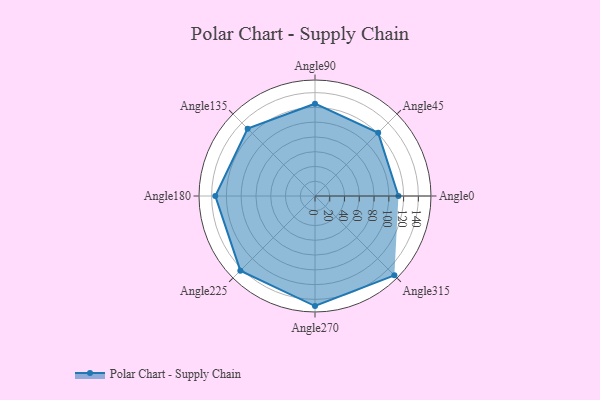
{"axis": {"x": "Angle", "y": "Radius"}, "legend": [""], "data": [{"x": "Angle0", "y": 113.0, "type": ""}, {"x": "Angle45", "y": 121.0, "type": ""}, {"x": "Angle90", "y": 125.0, "type": ""}, {"x": "Angle135", "y": 129.0, "type": ""}, {"x": "Angle180", "y": 135.0, "type": ""}, {"x": "Angle225", "y": 143.0, "type": ""}, {"x": "Angle270", "y": 149.0, "type": ""}, {"x": "Angle315", "y": 152.0, "type": ""}]}